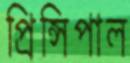
প্রিন্সিপাল